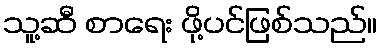
သူ့ဆီ စာရေး ဖို့ပင်ဖြစ်သည်။